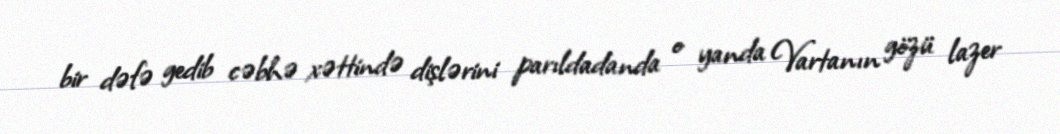
bir dəfə gedib cəbhə xəttində dişlərini parıldadanda o yanda Vartanın gözü lazer